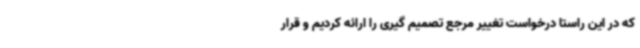
که در این راستا درخواست تغییر مرجع تصمیم گیری را ارائه کردیم و قرار